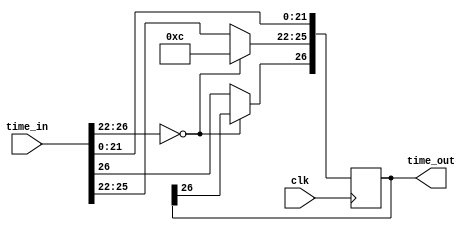
`timescale 1ns / 1ps
//////////////////////////////////////////////////////////////////////////////////
// Company: 
// Engineer: 
// 
// Design Name: 
// Module Name: twelve_converter
// Project Name: 
// Target Devices: 
// Tool Versions: 
// Description: 
// 
// Dependencies: 
// 
// Revision:
// Revision 0.01 - File Created
// Additional Comments:
// 
//////////////////////////////////////////////////////////////////////////////////


module twelve_converter(input [26:0] time_in,
    input clk,
    output reg [26:0] time_out
    );
    
    always @ (posedge clk) begin
        if (time_in[26:22] == 5'b00000) begin
            time_out[25:22] <= 5'b01100;
            time_out[21:0] <= time_in[21:0];
        end else begin
            time_out <= time_in;
        end
    end
    
    
endmodule